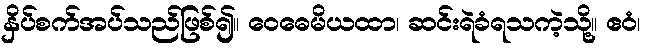
နှိပ်စက်အပ်သည်ဖြစ်၍။ ဝေဓေမိယထာ၊ ဆင်းရဲခံရသကဲ့သို့။ ဧဝံ၊